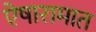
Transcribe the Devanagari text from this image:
ऐषारामात